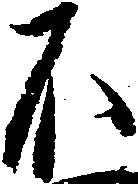
不